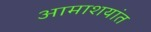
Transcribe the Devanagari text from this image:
आमाशयांत